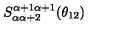
S _ { \alpha \alpha + 2 } ^ { \alpha + 1 \alpha + 1 } ( \theta _ { 1 2 } )